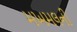
મખમલની